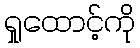
ရှုထောင့်ကို